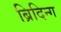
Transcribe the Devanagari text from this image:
ब्रिदिन्ग